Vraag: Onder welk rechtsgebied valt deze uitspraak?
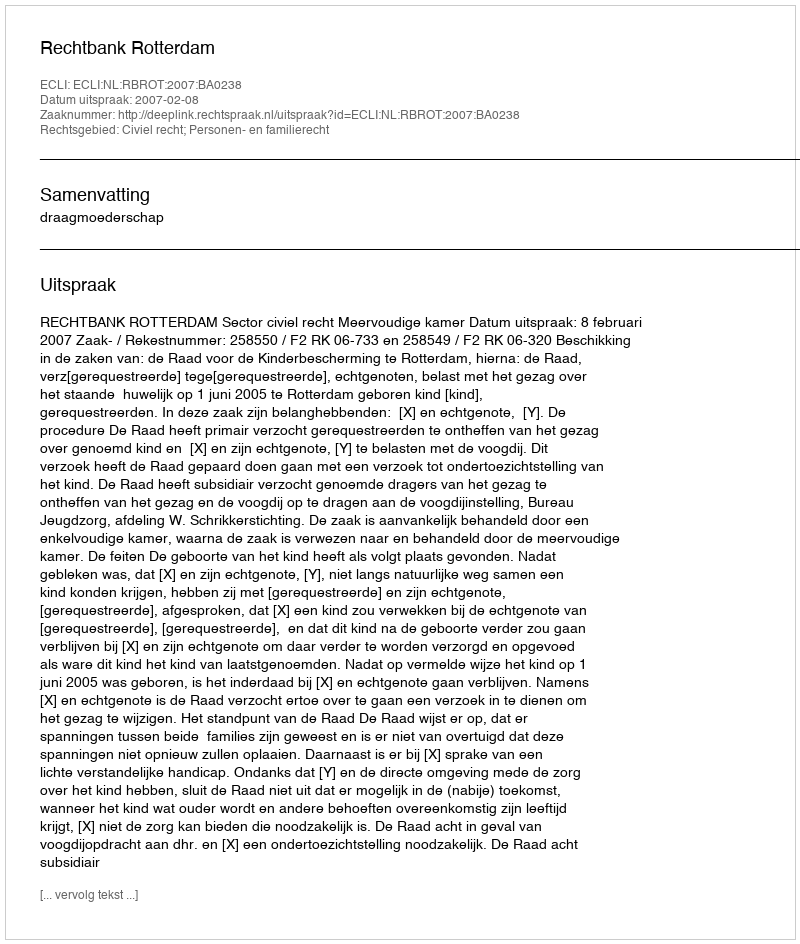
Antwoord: Civiel recht; Personen- en familierecht